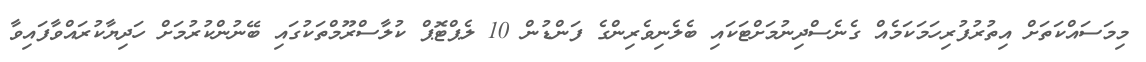
މިމަސައްކަތަށް އިތުރުފުރިހަމަކަމެއް ގެނެސްދިނުމަށްޓަކައި ބެލެނިވެރިންގެ ފަންޑުން 10 ލެޕްޓޮޕް ކުލާސްރޫމްތަކުގައި ބޭނުންކުރުމަށް ހަދިޔާކުރައްވާފައިވާ